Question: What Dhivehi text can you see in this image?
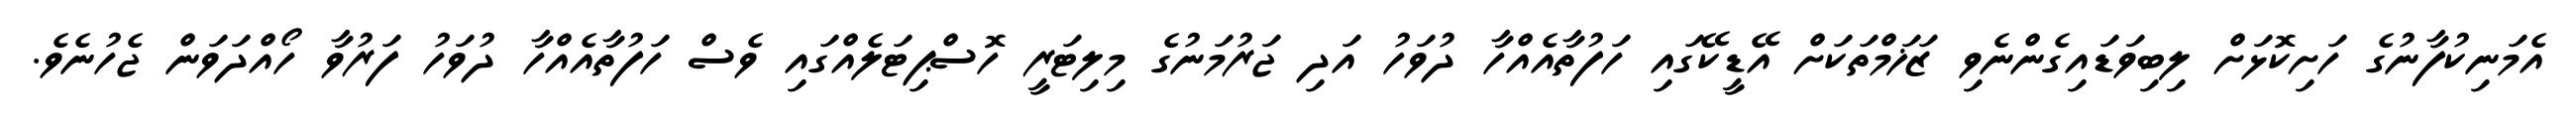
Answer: އެމަނިކުފާނުގެ ހަށިކޮޅަށް ލިބިވަޑައިގެންނެވި ޒަޚަމްތަކަށް އޭޑީކޭގައި ހަފުތާއެއްހާ ދުވަހު އަދި ޖަރުމަނުގެ މިލިޓަރީ ހޮސްޕިޓަލެއްގައި ވެސް ހަފުތާއެއްހާ ދުވަހު ފަރުވާ ހޯއްދަވަން ޖެހުނެވެ.